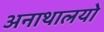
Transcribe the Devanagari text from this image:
अनाथालयो